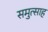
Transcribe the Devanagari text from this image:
समुत्साह